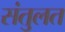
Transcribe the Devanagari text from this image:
संतुलत